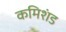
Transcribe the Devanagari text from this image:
कमिशंड